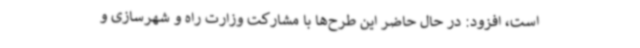
است، افزود: در حال حاضر این طرح‌ها با مشارکت وزارت راه و شهرسازی و